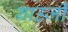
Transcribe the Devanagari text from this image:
बाउजी